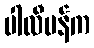
ပါလီမန်က